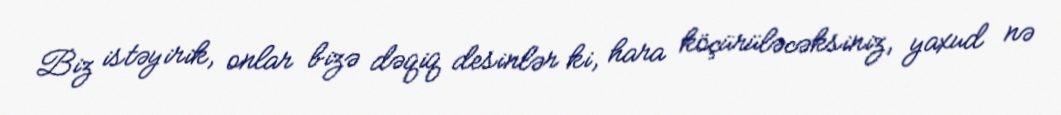
Biz istəyirik, onlar bizə dəqiq desinlər ki, hara köçürüləcəksiniz, yaxud nə